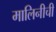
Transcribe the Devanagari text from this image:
मालिनीची